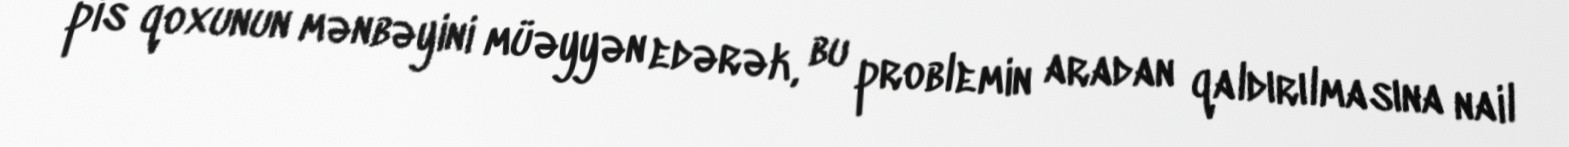
pis qoxunun mənbəyini müəyyən edərək, bu problemin aradan qaldırılmasına nail